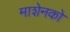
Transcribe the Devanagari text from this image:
माशेनको